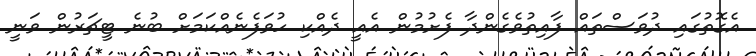
އެގޮތުގައި ދުވަސްތައް ފާއިތުވެގެންދާ ފެށުމުން އެއީ ދެއްކި ހުވަފެނެއްކަމަށް ބުނެ ޓީޗަރުން ވަނީ